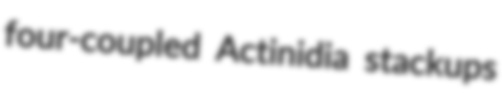
four-coupled Actinidia stackups